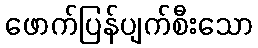
ဖောက်ပြန်ပျက်စီးသော